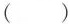
( )